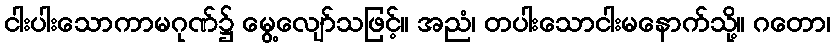
ငါးပါးသောကာမဂုဏ်၌ မွေ့လျော်သဖြင့်။ အညံ၊ တပါးသောငါးမနောက်သို့။ ဂတော၊